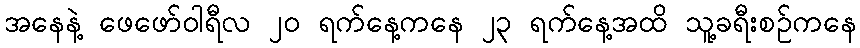
အနေနဲ့ ဖေဖော်ဝါရီလ ၂၀ ရက်နေ့ကနေ ၂၃ ရက်နေ့အထိ သူ့ခရီးစဉ်ကနေ